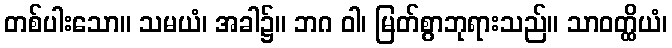
တစ်ပါးသော။ သမယံ၊ အခါ၌။ ဘဂ ဝါ၊ မြတ်စွာဘုရားသည်။ သာဝတ္ထိယံ၊